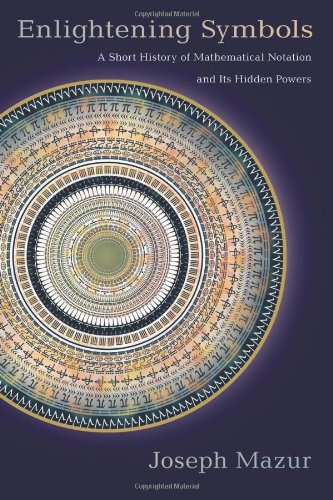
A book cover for Enlightening Symbols: A Short History of Mathematical Notation and Its Hidden Powers; Joseph Mazur; Humor & Entertainment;